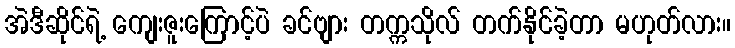
အဲဒီဆိုင်ရဲ့ ကျေးဇူးကြောင့်ပဲ ခင်ဗျား တက္ကသိုလ် တက်နိုင်ခဲ့တာ မဟုတ်လား။